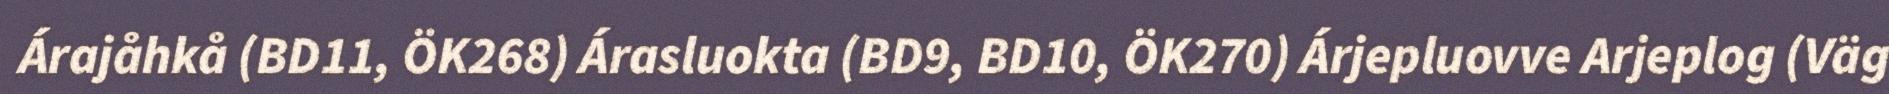
Árajåhkå (BD11, ÖK268) Árasluokta (BD9, BD10, ÖK270) Árjepluovve Arjeplog (Väg